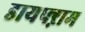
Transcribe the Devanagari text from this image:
डायफ्ऱाम